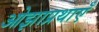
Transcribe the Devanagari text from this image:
ओझाप्रथाएँ